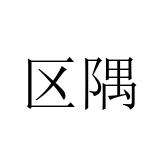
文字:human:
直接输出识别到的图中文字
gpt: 区隅